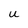
Character: U